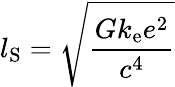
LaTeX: l_{\mathrm{S}}={\sqrt{\frac{Gk_{\mathrm{e}}e^{2}}{c^{4}}}}